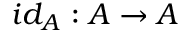
i d _ { A } : A \to A